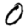
Digit: 0